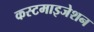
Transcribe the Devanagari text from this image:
कस्टमाइजेशन